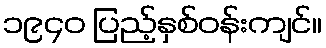
၁၉၄၀ ပြည့်နှစ်ဝန်းကျင်။